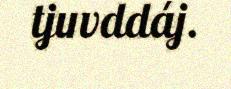
tjuvddáj.